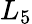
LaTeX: L_{5}